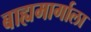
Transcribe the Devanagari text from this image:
बाह्यमार्गाला